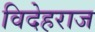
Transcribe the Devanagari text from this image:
विदेहराज